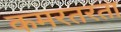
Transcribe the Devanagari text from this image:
कमरतरता